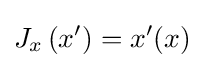
J_{x}\left(x^{\prime }\right)=x^{\prime }(x)